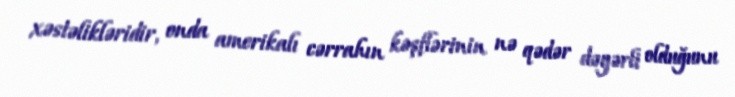
xəstəlikləridir, onda amerikalı cərrahın kəşflərinin nə qədər dəyərli olduğunu